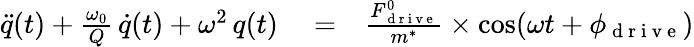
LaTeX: \begin{array}{rlr}{\ddot{q}(t)+\frac{\omega_{0}}{Q}\, \dot{q}(t)+\omega^{2}\, q(t)}&{{}=}&{\frac{F_{\mathrm{~d~r~i~v~e~}}^{0}}{m^{*}}\times\cos(\omega t+\phi_{\mathrm{~d~r~i~v~e~}})}\end{array}